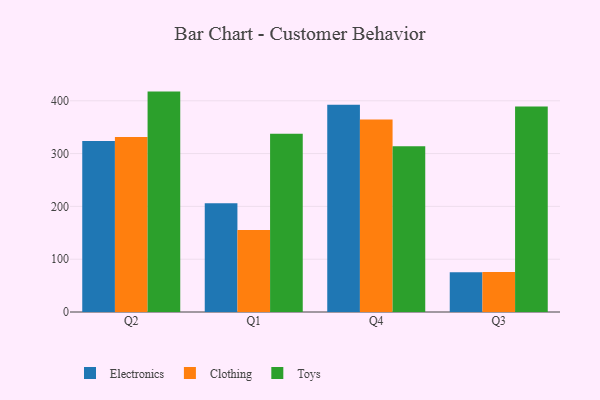
{"axis": {"x": "Quarter", "y": "Bounce Rate (%)"}, "legend": ["Clothing", "Electronics", "Toys"], "data": [{"x": "Q2", "y": 323.8, "type": "Electronics"}, {"x": "Q2", "y": 331.6, "type": "Clothing"}, {"x": "Q2", "y": 417.4, "type": "Toys"}, {"x": "Q1", "y": 205.9, "type": "Electronics"}, {"x": "Q1", "y": 155.5, "type": "Clothing"}, {"x": "Q1", "y": 337.5, "type": "Toys"}, {"x": "Q4", "y": 392.4, "type": "Electronics"}, {"x": "Q4", "y": 364.4, "type": "Clothing"}, {"x": "Q4", "y": 313.7, "type": "Toys"}, {"x": "Q3", "y": 75.2, "type": "Electronics"}, {"x": "Q3", "y": 75.8, "type": "Clothing"}, {"x": "Q3", "y": 389.1, "type": "Toys"}]}